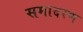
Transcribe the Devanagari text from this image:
समादरण